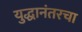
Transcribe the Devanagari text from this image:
युद्धानंतरचा